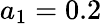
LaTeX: a_{1}=0.2